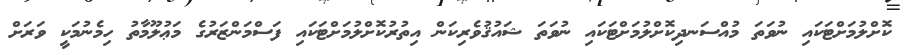
ކޮށްލުމަށްޓަކައި ނުވަތަ މުއްސަނދިކޮށްލުމަށްޓަކައި ނުވަތަ ޝައުޤުވެރިކަން އިތުރުކޮށްލުމަށްޓަކައި ފަސްމަންޒަރުގެ މަޢުލޫމާތު ހިމެނުމަކީ ވަރަށް